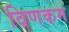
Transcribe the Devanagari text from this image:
विणकम